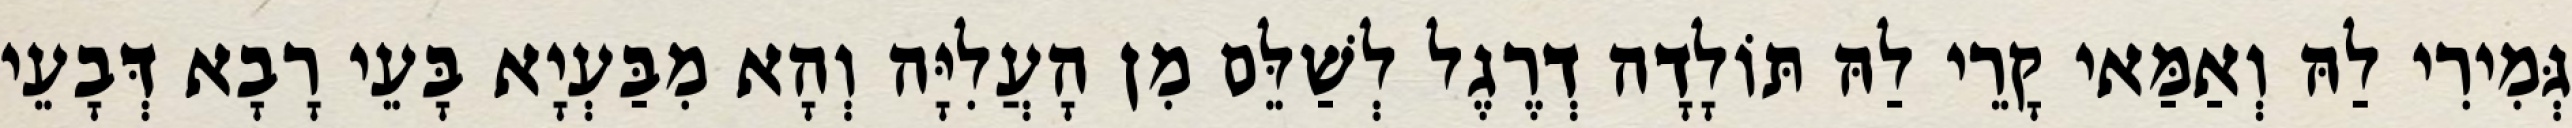
גְּמִירִי לַהּ וְאַמַּאי קָרֵי לַהּ תּוֹלָדָה דְרֶגֶל לְשַׁלֵּם מִן הָעֲלִיָּה וְהָא מִבַּעְיָא בָּעֵי רָבָא דְּבָעֵי